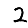
Digit: 2